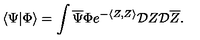
\langle \Psi | \Phi \rangle = \int { \overline { \Psi } } \Phi e ^ { - \langle Z , Z \rangle } { \cal D } Z { \cal D } { \overline { Z } } .